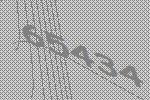
65434